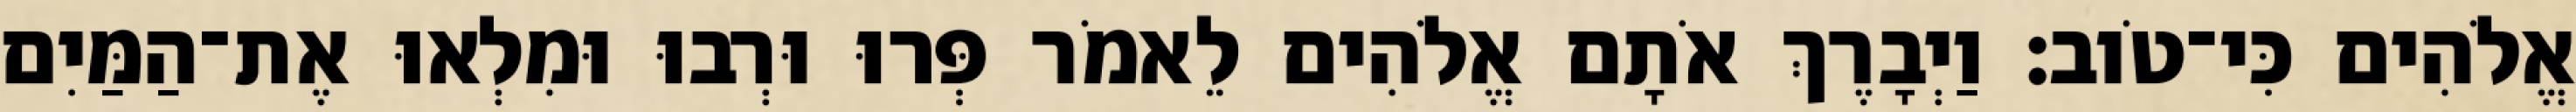
אֱלֹהִים כִּי־טֹוב׃ וַיְבָרֶךְ אֹתָם אֱלֹהִים לֵאמֹר פְּרוּ וּרְבוּ וּמִלְאוּ אֶת־הַמַּיִם